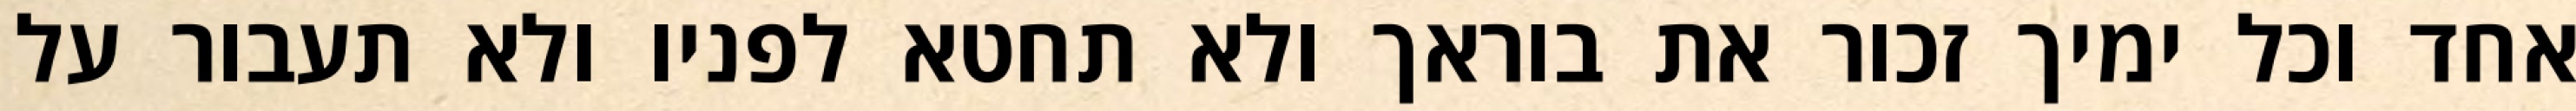
אחד וכל ימיך זכור את בוראך ולא תחטא לפניו ולא תעבור על